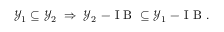
\begin{array} { r } { \mathcal { Y } _ { 1 } \subseteq \mathcal { Y } _ { 2 } \; \Rightarrow \; \mathcal { Y } _ { 2 } \mathrm { ~ - ~ I ~ B ~ } \subseteq \mathcal { Y } _ { 1 } \mathrm { ~ - ~ I ~ B ~ } . } \end{array}